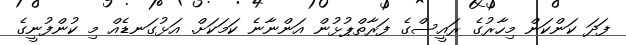
ފަދަ ކަންކަން މިހާރުގެ ރައީސްގެ ފަރާތްޕުޅުން އަންނާނެ ކަމަކަށް. އަޅުގަނޑެއް މި ކުންފުނީގެ